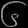
Digit: ၆